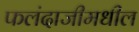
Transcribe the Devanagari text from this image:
फलंदाजीमधील